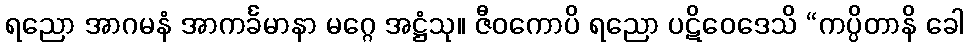
ရညော အာဂမနံ အာကင်္ခမာနာ မဂ္ဂေ အဋ္ဌံသု။ ဇီဝကောပိ ရညော ပဋိဝေဒေသိ “ကပ္ပိတာနိ ခေါ